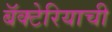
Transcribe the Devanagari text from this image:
बॅक्टेरियाची